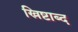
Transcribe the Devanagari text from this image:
ख्रिष्टाब्द